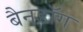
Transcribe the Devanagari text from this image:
बैनडॉग